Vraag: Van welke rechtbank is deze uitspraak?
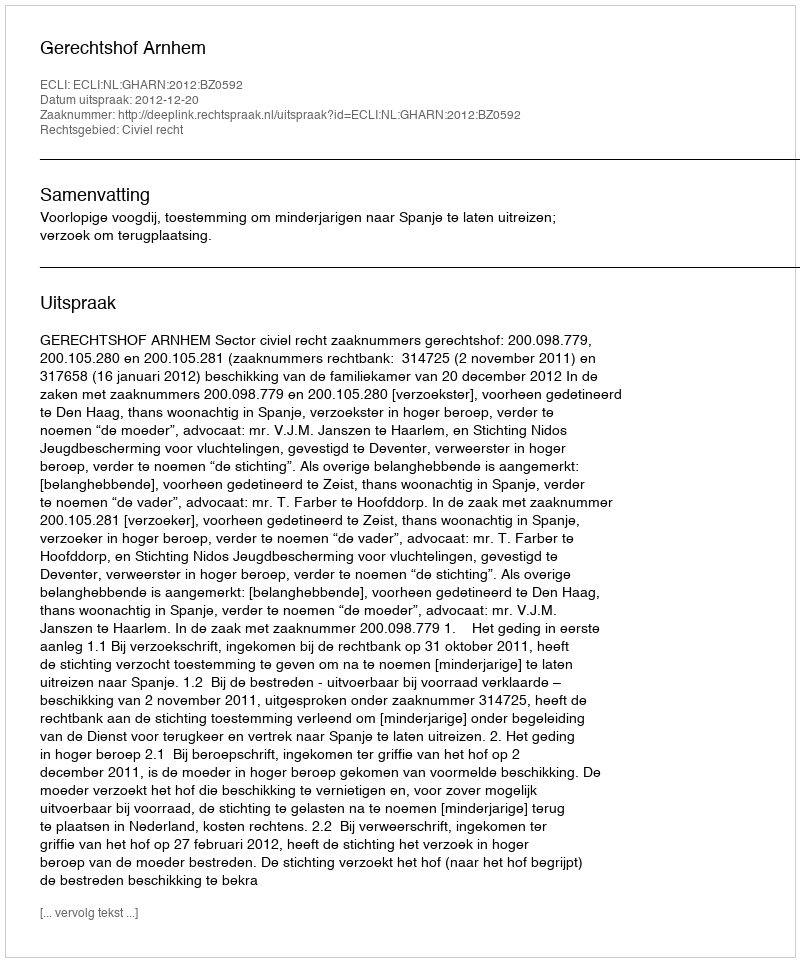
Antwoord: Gerechtshof Arnhem